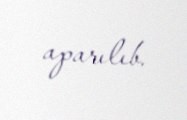
aparılıb.